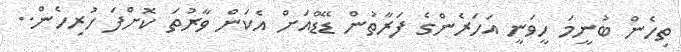
ތިހެން ބުނީމަ ހީވަނީ އަހަރެންގެ ފަރާތުން ޑޭޑްއަށް އެކަން ވާރުތަ ކޮށްފަ ހުރިހެން..